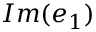
I m ( e _ { 1 } )